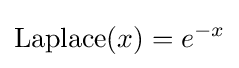
{\text{Laplace}}(x)=e^{-x}